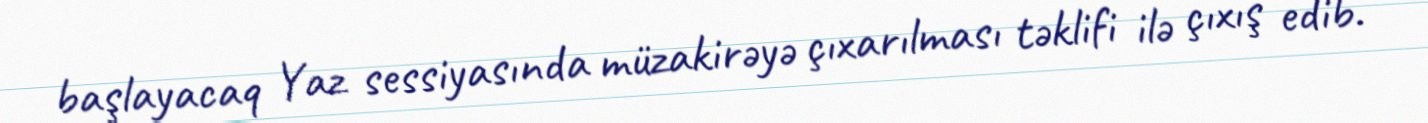
başlayacaq Yaz sessiyasında müzakirəyə çıxarılması təklifi ilə çıxış edib.